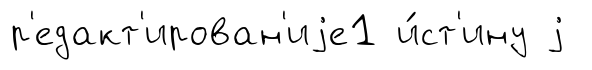
р'едакт'ирован'иjе1 и́ст'ину j